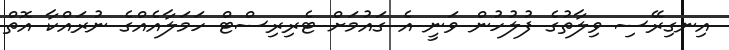
އިނގިރޭސި ވިލާތުގެ ފުލުހުން ވަނީ އެ ގައުމަށް ޓެރިރިސްޓް ހަމަލާއެއްގެ ނުރައްކާ އޮތް